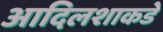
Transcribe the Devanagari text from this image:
आदिलशाकडे